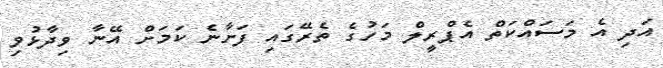
އަދި އެ މަސައްކަތް އެޕްރީލް މަހުގެ ތެރޭގައި ފަށާނެ ކަމަށް އޭނާ ވިދާޅުވި